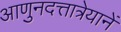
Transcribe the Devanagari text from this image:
आणुनदत्तात्रेयानें